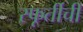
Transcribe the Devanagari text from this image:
स्फूर्तीची